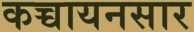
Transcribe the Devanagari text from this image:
कच्चायनसार